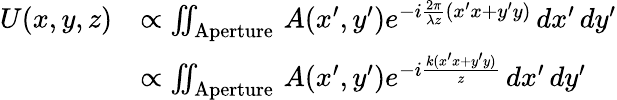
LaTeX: {\begin{array}{rl}{U(x,y,z)}&{\propto\iint_{\mathrm{Aperture}}\, A(x^{\prime},y^{\prime})e^{-i{\frac{2\pi}{\lambda z}}(x^{\prime}x+y^{\prime}y)}\, dx^{\prime}\, dy^{\prime}}\\ &{\propto\iint_{\mathrm{Aperture}}\, A(x^{\prime},y^{\prime})e^{-i{\frac{k(x^{\prime}x+y^{\prime}y)}{z}}}\, dx^{\prime}\, dy^{\prime}}\end{array}}